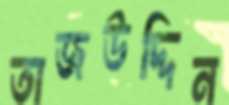
তাজউদ্দিন